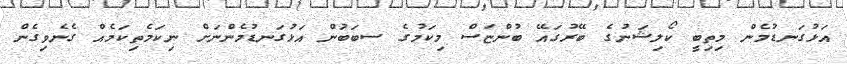
އަޅުގަނޑުމެން މިތިބީ ކޯލިޝަނުގެ ބޭރުގައޭ ބުންޏަސް މިކަމުގެ ސބަބަުން އަޅުގަނޑުމެންނަށް ނިކަމެތިކަމެއް ގެނެވިގެން